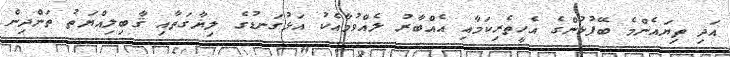
އަދި ތިޔައެންމެ ބޭފުޅުންގެ އެހީތެރިކަމާއި އެއްބާރު ލެއްވުމާއެކު އަޅުގަނޑުގެ ލިޔާގަތާއި ޤާބިލިއްޔަތު ތަންދިން